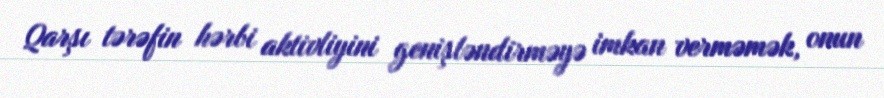
Qarşı tərəfin hərbi aktivliyini genişləndirməyə imkan verməmək, onun